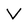
Character: V